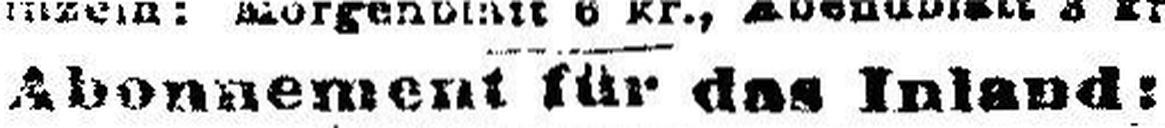
Abonnement für das Inland: